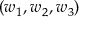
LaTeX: ( w _ { 1 } , w _ { 2 } , w _ { 3 } )